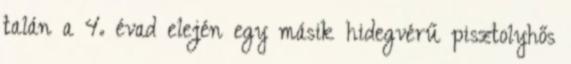
talán a 4. évad elején egy másik hidegvérű pisztolyhős